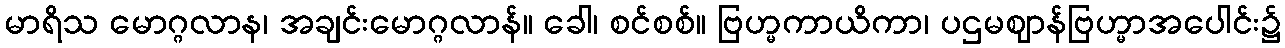
မာရိသ မောဂ္ဂလာန၊ အချင်းမောဂ္ဂလာန်။ ခေါ၊ စင်စစ်။ ဗြဟ္မကာယိကာ၊ ပဌမဈာန်ဗြဟ္မာအပေါင်း၌